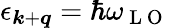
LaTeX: \epsilon_{\boldsymbol{k}+\boldsymbol{q}}=\hbar\omega_{\mathrm{~L~O~}}